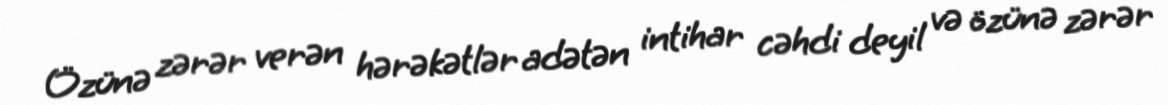
Özünə zərər verən hərəkətlər adətən intihar cəhdi deyil və özünə zərər